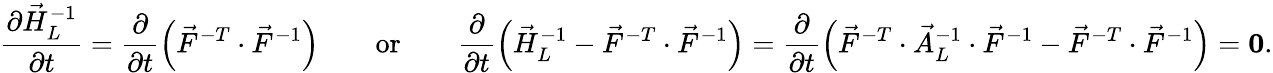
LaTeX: \frac{\partial\vec{H}_{L}^{-1}}{\partial t}=\frac{\partial}{\partial t}\left(\vec{F}^{-T}\cdot\vec{F}^{-1}\right)\qquad\mathrm{or}\qquad\frac{\partial}{\partial t}\left(\vec{H}_{L}^{-1}-\vec{F}^{-T}\cdot\vec{F}^{-1}\right)=\frac{\partial}{\partial t}\left(\vec{F}^{-T}\cdot\vec{A}_{L}^{-1}\cdot\vec{F}^{-1}-\vec{F}^{-T}\cdot\vec{F}^{-1}\right)=\boldsymbol{0}.